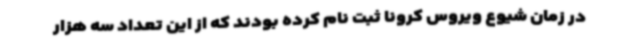
در زمان شیوع ویروس کرونا ثبت نام کرده بودند که از این تعداد سه هزار